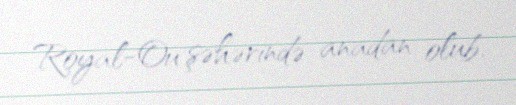
Royal-Ou şəhərində anadan olub.